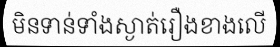
មិនទាន់ទាំងស្ងាត់រឿងខាងលើ